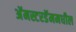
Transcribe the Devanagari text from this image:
अॅमस्टरडॅममधील